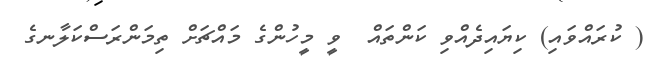
( ކުރައްވައި) ކިޔައިދެއްވި ކަންތައް  ވީ މީހުންގެ މައްޗަށް ތިމަންރަސްކަލާނގެ